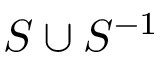
S \cup S ^ { - 1 }